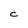
Character: C